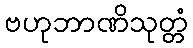
ဗဟုဘာဏိသုတ္တံ